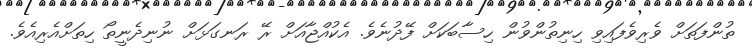
ތުންފަތަށް ވެރިވެފައިވި ހިނިތުންވުން ހިސާބަކަށް ފޭދުނެވެ. އެކުއްޖާއަށް ރޭ ރަނގަޅަށް ނުނިދެނީތޯ ހިތަށްއެރިއެވެ.